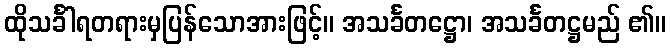
ထိုသင်္ခါရတရားမှပြန်သောအားဖြင့်။ အသင်္ခတဋ္ဌော၊ အသင်္ခတဋ္ဌမည် ၏။